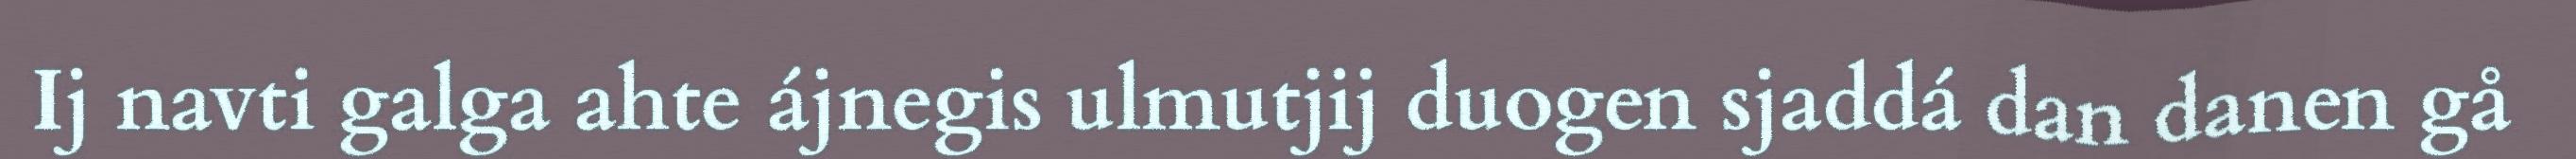
Ij navti galga ahte ájnegis ulmutjij duogen sjaddá dan danen gå